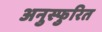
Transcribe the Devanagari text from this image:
अनुस्फुरित